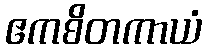
ဧကစိတကာယံ